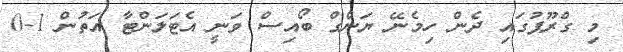
މި ގްރޫޕުގައި ދެން ހިމެނޭ ޔަންގް ބޯއިސް ވަނީ އެޓަލަންޓާ އަތުން 1-0